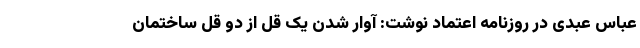
عباس عبدی در روزنامه اعتماد نوشت: آوار شدن یک قل از دو قل ساختمان